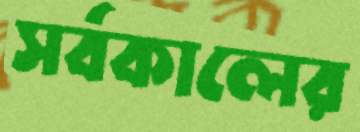
সর্বকালের